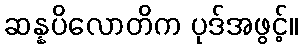
ဆန္နပိလောတိက ပုဒ်အဖွင့်။